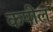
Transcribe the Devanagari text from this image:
कपील